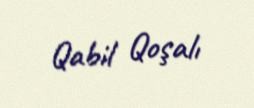
Qabil Qoşalı